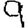
Digit: 9